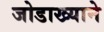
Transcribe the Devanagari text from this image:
जोडाख्याने